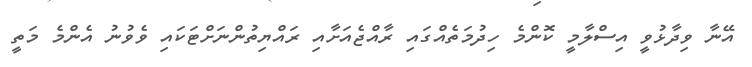
އޭނާ ވިދާޅުވީ އިސްލާމީ ކޮންމެ ހިދުމަތެއްގައި ރާއްޖެއަށާއި ރައްޔިތުންނަށްޓަކައި ވެވުނު އެންމެ މަތީ